First report of the anti-malarial operations at Mian Mir, 1901-1903 - Number 6
Year: 1901
Disease focus: Malaria
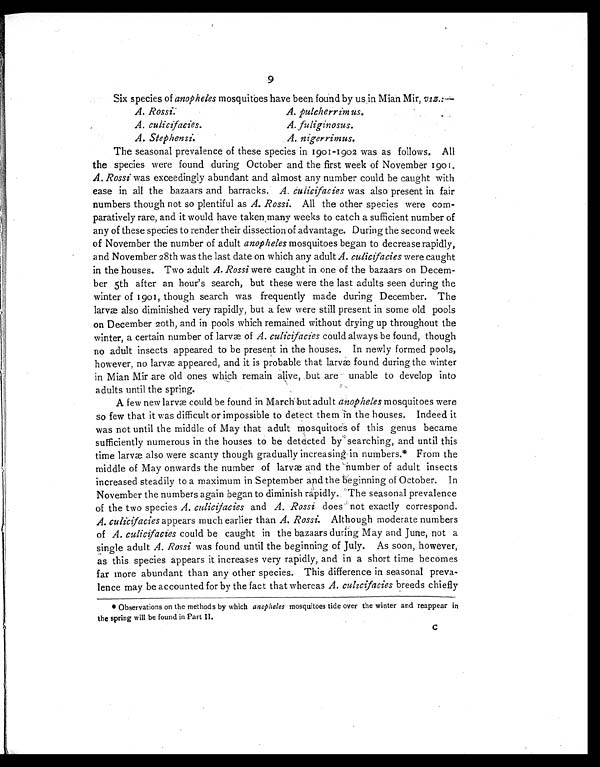
9
Six species of anopheles mosquitoes have been found by us in Mian Mir, viz.:—
A. Rossi.
A. pulcherrimus.
A. culicifacies.
A. fuliginosus.
A. Stephensi.
A. nigerrimus.
The seasonal prevalence of these species in 1901-1902 was as follows. All
the species were found during October and the first week of November 1901.
A. Rossi was exceedingly abundant and almost any number could be caught with
ease in all the bazaars and barracks. A. culicifacies was also present in fair
numbers though not so plentiful as A. Rossi. All the other species were com-
paratively rare, and it would have taken many weeks to catch a sufficient number of
any of these species to render their dissection of advantage. During the second week
of November the number of adult anopheles mosquitoes began to decrease rapidly,
and November 28th was the last date on which any adult A. culicifaciesw e r e c a u g h t
in the houses. Two adult A. Rossi were caught in one of the bazaars on Decem-
ber 5th after an hour's search, but these were the last adults seen during the
winter of 1901, though search was frequently made during December. The
larvæ also diminished very rapidly, but a few were still present in some old pools
on December 20th, and in pools which remained without drying up throughout the
winter, a certain number of larvæ of A. culicifacies could always be found, though
no adult insects appeared to be present in the houses. In newly formed pools,
however, no larvæ appeared, and it is probable that larvæ found during the winter
in Mian Mir are old ones which remain alive, but are unable to develop into
adults until the spring.
A few new larvæ could be found in March but adult anopheles mosquitoes were
so few that it was difficult or impossible to detect them the houses. Indeed it
was not until the middle of May that adult mosquitoes of this genus became
sufficiently numerous in the houses to be detected by searching, and until this
time larvæ also were scanty though gradually increasing in numbers.* From the
middle of May onwards the number of larvæ and the number of adult insects
increased steadily to a maximum in September and the beginning of October. In
November the numbers again began to diminish rapidly. The seasonal prevalence
of the two species A. culicifaciesa n d
A . R o s s i
d o e s n o t e x a c t l y c o r r e s p o n d .
A. culicifacies appears much earlier than A. Rossi. Although moderate numbers
of A. culicifaciesc o u l d b e c a u g h t i n t h e b a z a a r s d u r i n g M a y a n d J u n e , n o t a
single adult A. Rossi was found until the beginning of July. As soon, however,
as this species appears it increases very rapidly, and in a short time becomes
far more abundant than any other species. This difference in seasonal preva-
lence may be accounted for by the fact that whereas A. culicifacies breeds chiefly
* Observations on the methods by which anopheles mosquitoes tide over the winter and reappear in
the spring will be found in Part II.
c